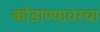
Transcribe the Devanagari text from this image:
कोंडाण्यावरचा